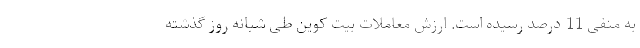
به منفی 11 درصد رسیده است. ارزش معاملات بیت کوین طی شبانه روز گذشته